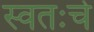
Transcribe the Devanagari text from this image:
स्वतःचे